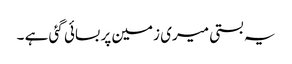
یہ بستی میری زمین پر بسائی گئی ہے ۔